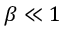
\beta \ll 1